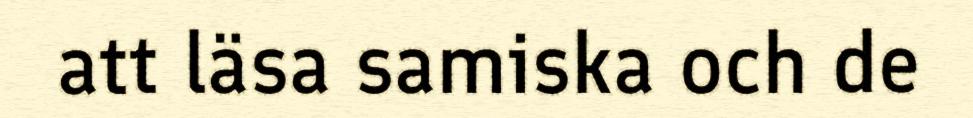
att läsa samiska och de